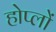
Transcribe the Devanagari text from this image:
होप्लों